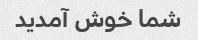
شما خوش آمدید